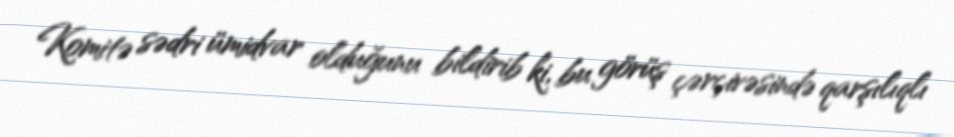
Komitə sədri ümidvar olduğunu bildirib ki, bu görüş çərçivəsində qarşılıqlı